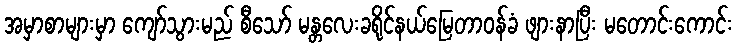
အမှာစာများမှာ ကျော်သွားမည် စီသော် မန္တလေးခရိုင်နယ်မြေတာဝန်ခံ ဖျားနာပြီး မတောင်းကောင်း